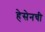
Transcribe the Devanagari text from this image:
हेसेनची